Leaving Certificate, 1900
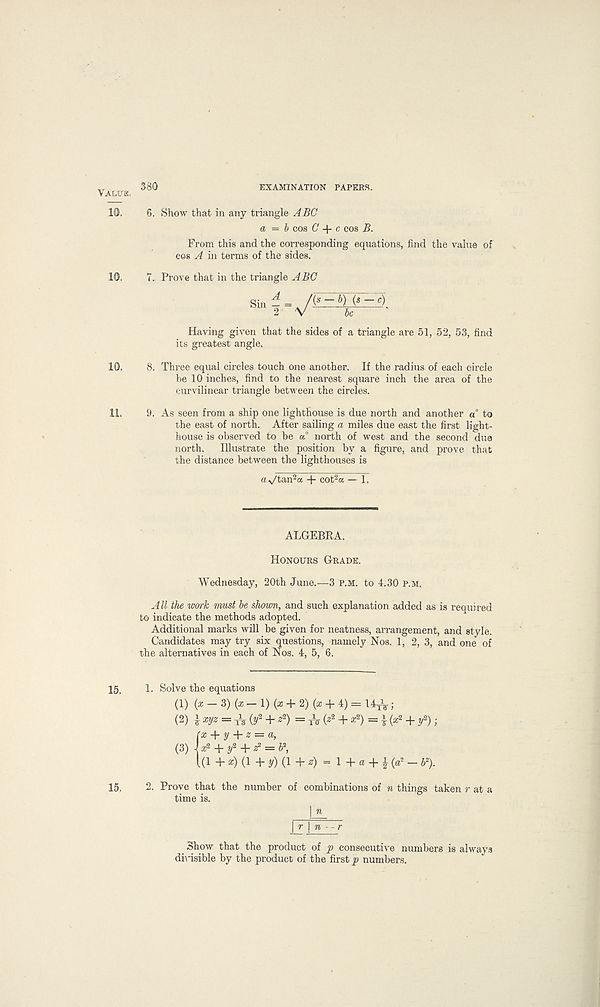
Value.
10.
380
EXAMINATION PAPERS.
6. Show that in any triangle ABC
a = & cos (7 -J- c eos B.
From this and the corresponding equations, find the value of
cos A in terms of the sides.
10, 7. Prove that in the triangle ABC
Sin j,/¥EWE=3. 2 V
be
Having given that the sides of a triangle are 51, 52, 53, find
its greatest angle.
10. 8. Three equal circles touch one another. If the radius of each circle
be 10 inches, find to the nearest square inch the area of the
curvilinear triangle between the circles.
11. 9. As seen from a ship one lighthouse is due north and another a to
the east of north. After sailing a miles due east the first light-
house is observed to be a north of west and the second due
north. Illustrate the position by a figure, and prove that
the distance between the lighthouses is
a ^/tan 2^ + cot 2 a — 1.
ALGEBRA.
Honours Grade.
Wednesday, 20th June.—3 p.m. to 4.30 p.m.
All the work must be shown, and such explanation added as is required
to indicate the methods adopted.
Additional marks will be given for neatness, arrangement, and style.
Candidates may try six questions, namely Nos. 1, 2, 3, and one of
the alternatives in each of Nos. 4, 5, 6.
15, 1. Solve the equations
(1) {x - 3) (x- 1) (x + 2) (x + 4) = 14 t Y;
(2) £ xyz = tY (y 2 + * 2 ) = ^ (* 2 + x 2 ) = | (x 2 + f);
fx + y + s = a,
(3) Jx 2 + y 2 + ^ = 6 2 ,
1(1 +x)(l -t-y)(l+s) = 1 + a + £(a 2 -* 2 ).
15, 2. Prove that the number of combinations of n things taken r at a
time is.
1 n
\r\n--r
Show that the product of p consecutive numbers is always
divisible by the product of the first p numbers.